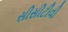
સીસીટીવી